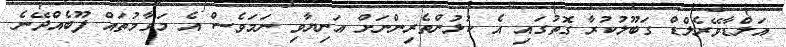
އަލްޑާވޭރެލްޑް ގަބޫލުކުރާ ގޮތުގައި އެ ކުޅުންތެރިންނަށް އަނިޔާވި ނަމަވެސް އެ މަގާމުތައް ފޫބެއްދޭނެ